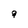
Character: g